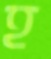
হ